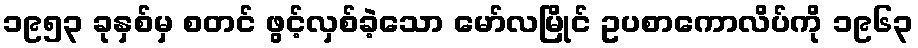
၁၉၅၃ ခုနှစ်မှ စတင် ဖွင့်လှစ်ခဲ့သော မော်လမြိုင် ဥပစာကောလိပ်ကို ၁၉၆၃